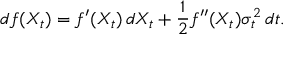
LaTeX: d f ( X _ { t } ) = f ^ { \prime } ( X _ { t } ) \, d X _ { t } + { \frac { 1 } { 2 } } f ^ { \prime \prime } ( X _ { t } ) \sigma _ { t } ^ { 2 } \, d t .